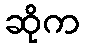
ဆိုက